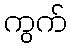
ကွက်